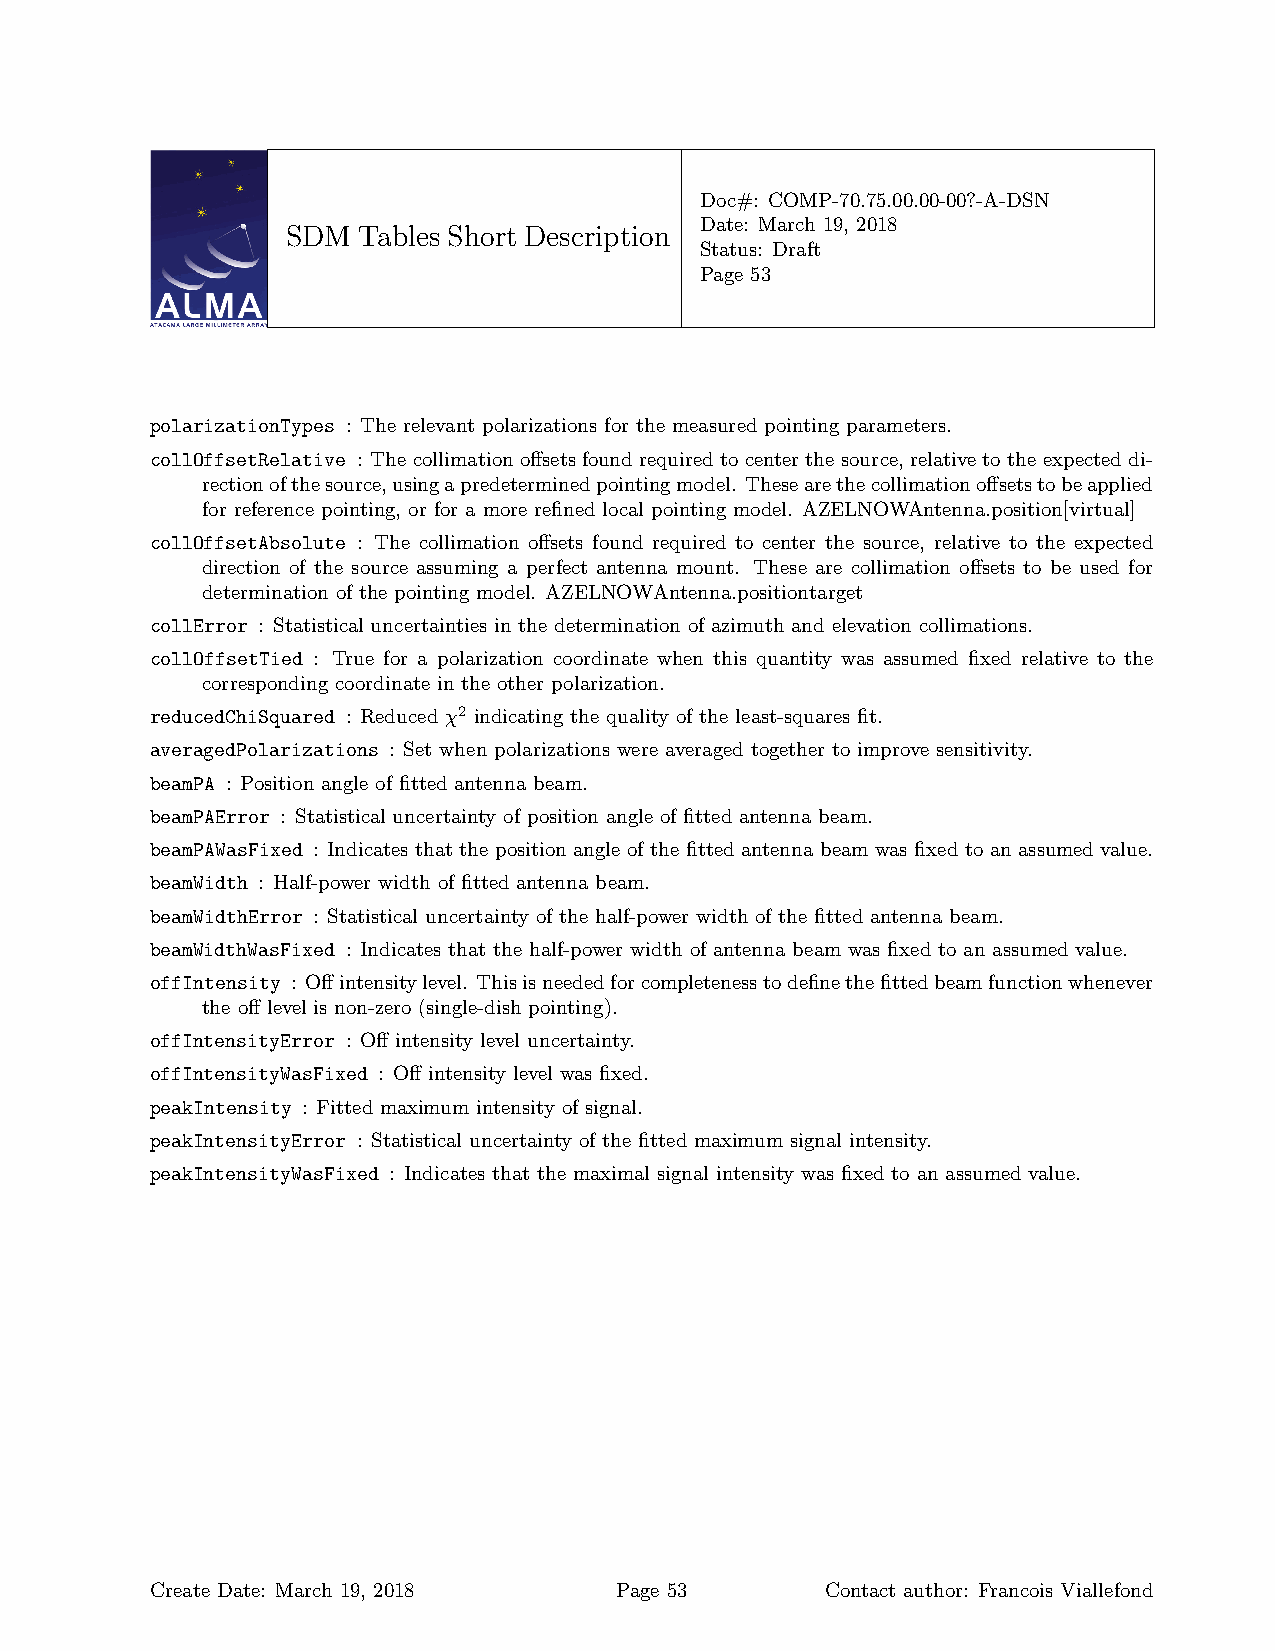
Doc#: COMP-70.75.00.00-00?-A-DSN
 Date: March 19, 2018
 SDM  Tables Short Description
 Status: Draft
 Page 53
 polarizationTypes : The relevant polarizations for the measured pointing parameters.
 collOffsetRelative : The collimation offsets found required to center the source, relative to the expected di-
 rectionofthesource,usingapredeterminedpointingmodel. Thesearethecollimationoffsetstobeapplied
 for reference pointing, or for a more refined local pointing model. AZELNOWAntenna.position[virtual]
 collOffsetAbsolute : The collimation offsets found required to center the source, relative to the expected
 direction of the source assuming a perfect antenna mount. These are collimation offsets to be used for
 determination of the pointing model. AZELNOWAntenna.positiontarget
 collError : Statistical uncertainties in the determination of azimuth and elevation collimations.
 collOffsetTied : True for a polarization coordinate when this quantity was assumed fixed relative to the
 corresponding coordinate in the other polarization.
 reducedChiSquared : Reduced χ2 indicating the quality of the least-squares fit.
 averagedPolarizations : Set when polarizations were averaged together to improve sensitivity.
 beamPA : Position angle of fitted antenna beam.
 beamPAError : Statistical uncertainty of position angle of fitted antenna beam.
 beamPAWasFixed : Indicates that the position angle of the fitted antenna beam was fixed to an assumed value.
 beamWidth : Half-power width of fitted antenna beam.
 beamWidthError : Statistical uncertainty of the half-power width of the fitted antenna beam.
 beamWidthWasFixed : Indicates that the half-power width of antenna beam was fixed to an assumed value.
 offIntensity : Offintensitylevel. Thisisneededforcompletenesstodefinethefittedbeamfunctionwhenever
 the off level is non-zero (single-dish pointing).
 offIntensityError : Off intensity level uncertainty.
 offIntensityWasFixed : Off intensity level was fixed.
 peakIntensity : Fitted maximum intensity of signal.
 peakIntensityError : Statistical uncertainty of the fitted maximum signal intensity.
 peakIntensityWasFixed : Indicates that the maximal signal intensity was fixed to an assumed value.
 Create Date: March 19, 2018    Page 53       Contact author: Francois Viallefond